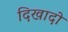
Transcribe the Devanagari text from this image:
दिखादो